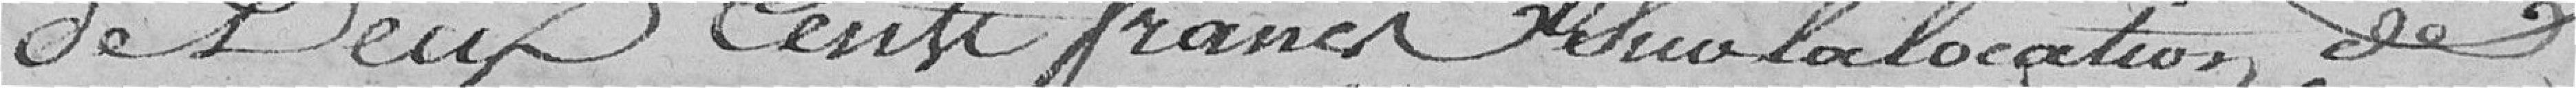
de deux cents francs sur la location de